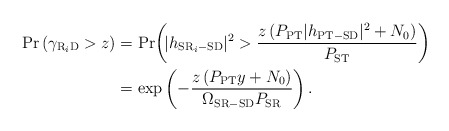
\begin{align*}\mathrm{Pr} \left(\gamma_{\mathrm{R}_i\mathrm{D}}>z \right) &= \mathrm{Pr}\! \left(\! |h_{\mathrm{SR}_i-\mathrm{SD}}|^2 > \frac{z \left(P_{\mathrm{PT}} |h_{\mathrm{PT-SD}}|^2 + N_0 \right)}{P_{\mathrm{ST}}}\right) \\&= \exp\left( - \frac{z \left(P_{\mathrm{PT}}y + N_0 \right)}{\Omega_{\mathrm{SR-SD}} P_{\mathrm{SR}}}\right).\end{align*}